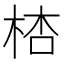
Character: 𣒙